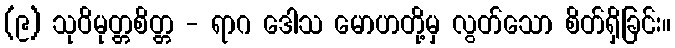
(၉) သုဝိမုတ္တစိတ္တ - ရာဂ ဒေါသ မောဟတို့မှ လွတ်သော စိတ်ရှိခြင်း။